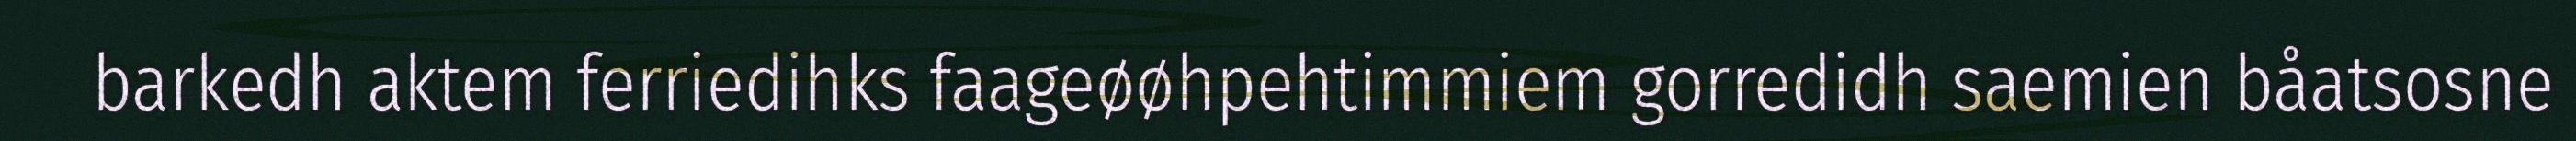
barkedh aktem ferriedihks faageøøhpehtimmiem gorredidh saemien båatsosne